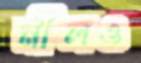
নীলও